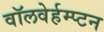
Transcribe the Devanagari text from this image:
वॉलवेर्हम्प्टन